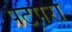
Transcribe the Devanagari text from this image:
पटपरा